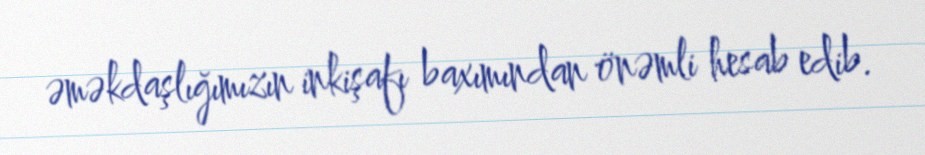
əməkdaşlığımızın inkişafı baxımından önəmli hesab edib.